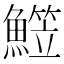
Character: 𩻒